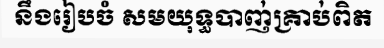
នឹងរៀបចំ សមយុទ្ធបាញ់គ្រាប់ពិត